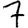
Digit: 7